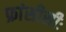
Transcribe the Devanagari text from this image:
फ्रांसीसीः